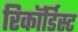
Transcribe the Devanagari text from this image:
रिकॉर्डिस्ट